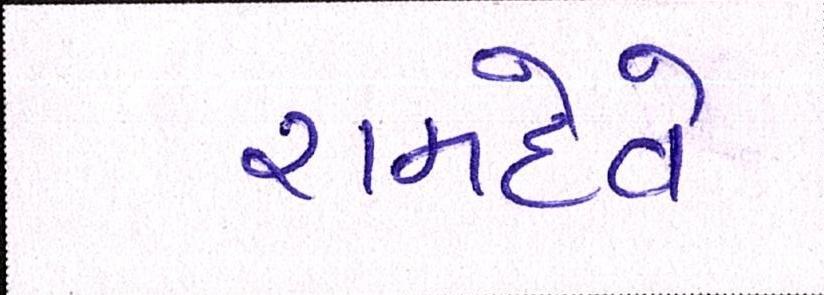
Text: રામદેવે